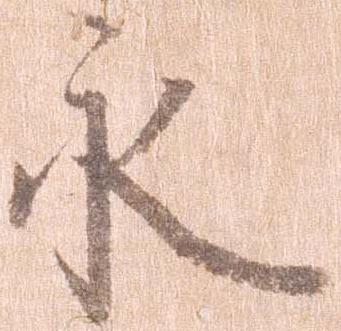
永